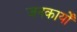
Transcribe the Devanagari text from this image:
जनकार्यों